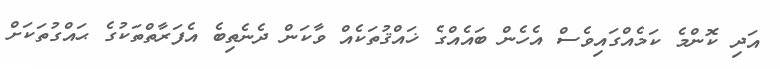
އަދި ކޮންމެ ކަމެއްގައިވެސް އެހެން ބައެއްގެ ޚައްޤުތަކެއް ވާކަން ދެނެތިބެ އެފަރާތްތަކުގެ ޙައްގުތަކަށް